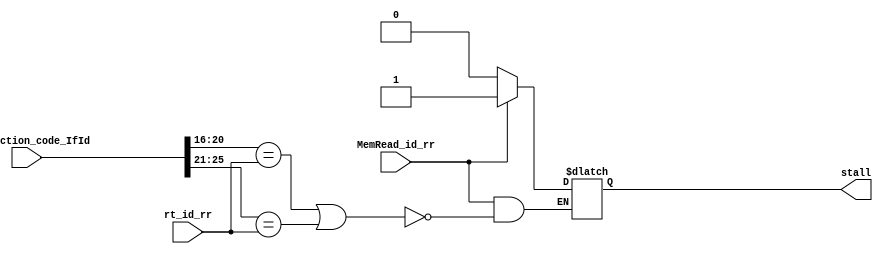
`timescale 1ns / 1ps



module hazard_detection_unit(input MemRead_id_rr,input [4:0] rt_id_rr,
                            // input [4:0] rs,
                            // input [4:0] rt,
                             input [31:0] Instruction_code_IfId,
                             output reg stall);

always@(*)
begin
if(MemRead_id_rr==1)
  begin
    if( (Instruction_code_IfId[20:16]==rt_id_rr ) | (Instruction_code_IfId[25:21]==rt_id_rr) )
     begin
       stall<=1'b1;
     end
 end    
else
   stall<=1'b0;
end
endmodule